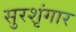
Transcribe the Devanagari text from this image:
सुरशृंगार